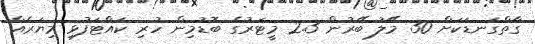
ގާތްގަނޑަކަށް 30 މޭލު ބޭރުން 2.3 މީޓަރުގެ ބޮޑުމިން ހުރި ކައްޓަފުޅި މިޔަރެއް